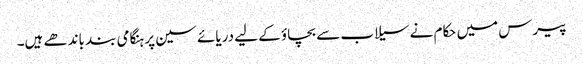
پیرس میں حکام نے سیلاب سے بچاؤ کے لیے دریائے سین پر ہنگامی بند باندھے ہیں۔